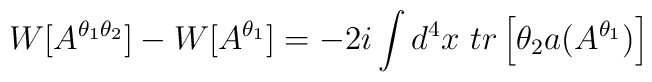
W[A^{\theta_1\theta_2}]-W[A^{\theta_1}]=-2i\int d^4 x\  tr\left[\theta_2 a(A^{\theta_1})\right]